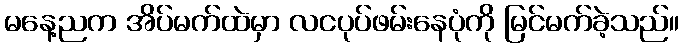
မနေ့ညက အိပ်မက်ထဲမှာ လငပုပ်ဖမ်းနေပုံကို မြင်မက်ခဲ့သည်။